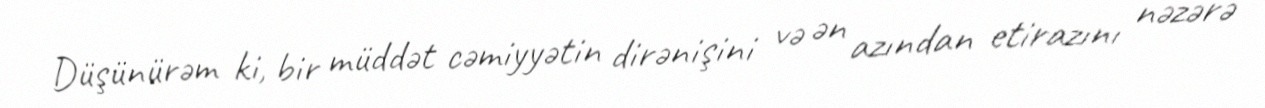
Düşünürəm ki, bir müddət cəmiyyətin dirənişini və ən azından etirazını nəzərə